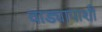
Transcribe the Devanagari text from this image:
वाड्यापाशी